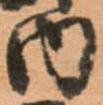
内